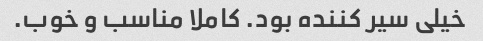
خیلی سیر کننده بود. کاملا مناسب و خوب.